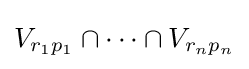
V_{r_{1}p_{1}}\cap \cdots \cap V_{r_{n}p_{n}}